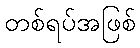
တစ်ရပ်အဖြစ်